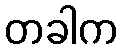
တခါက